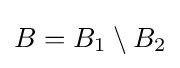
B=B_{1}\setminus B_{2}